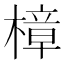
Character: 樟